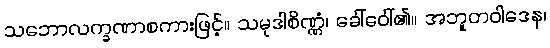
သဘောလက္ခဏာစကားဖြင့်။ သမုဒါစိဏ္ဏံ၊ ခေါ်ဝေါ်၏။ အဘူတဝါဒေန၊